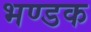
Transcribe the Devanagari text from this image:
भण्डक